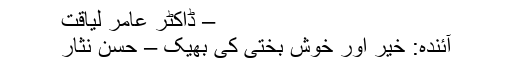
– ڈاکٹر عامر لیاقت
آئندہ: خیر اور خوش بختی کی بھیک – حسن نثار